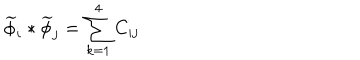
\widetilde { \phi } _ { i } \ast \widetilde { \phi } _ { j } = \sum _ { k = 1 } ^ { 4 } C _ { i j }